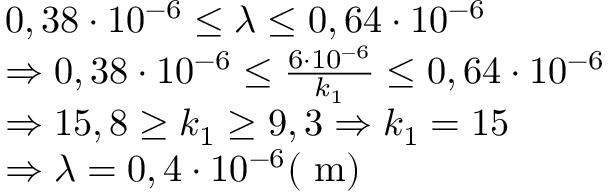
\begin{array} { r l } & { 0 , 3 8 \cdot 1 0 ^ { - 6 } \leq \lambda \leq 0 , 6 4 \cdot 1 0 ^ { - 6 } } \\ & { \Rightarrow 0 , 3 8 \cdot 1 0 ^ { - 6 } \leq \frac { 6 \cdot 1 0 ^ { - 6 } } { k _ { 1 } } \leq 0 , 6 4 \cdot 1 0 ^ { - 6 } } \\ & { \Rightarrow 1 5 , 8 \geq k _ { 1 } \geq 9 , 3 \Rightarrow k _ { 1 } = 1 5 } \\ & { \Rightarrow \lambda = 0 , 4 \cdot 1 0 ^ { - 6 } ( \mathrm { ~ m } ) } \end{array}